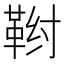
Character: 𬰤